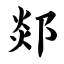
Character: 郯